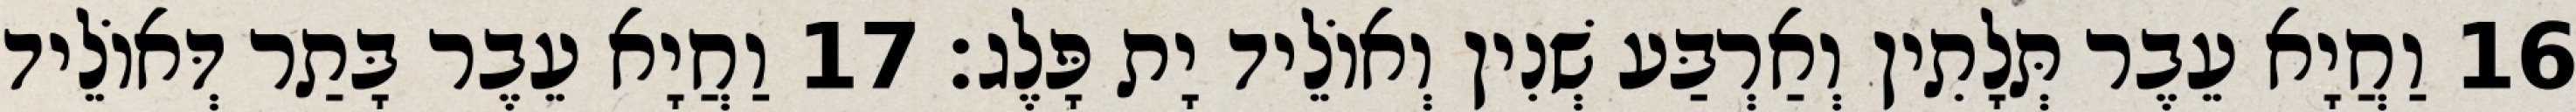
16 וַחֲיָא עֵבֶר תְּלָתִין וְאַרְבַּע שְׁנִין וְאוֹלֵיד יָת פָּלֶג׃ 17 וַחֲיָא עֵבֶר בָּתַר דְּאוֹלֵיד